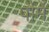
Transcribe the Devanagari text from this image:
पौमें